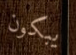
يبكون